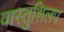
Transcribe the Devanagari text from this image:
वास्तुशिलप